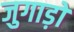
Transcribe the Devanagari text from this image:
जुगाड़ों